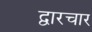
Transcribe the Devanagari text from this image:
द्वारचार